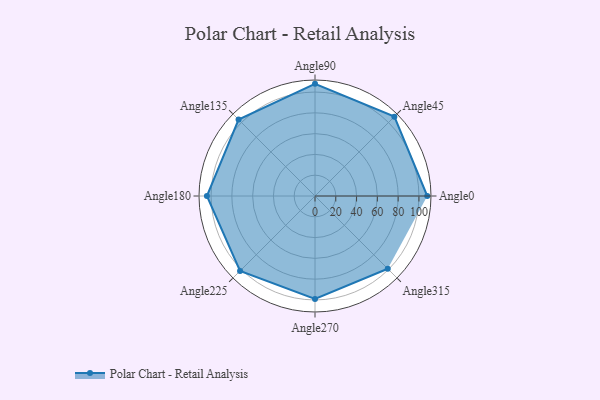
{"axis": {"x": "Angle", "y": "Radius"}, "legend": [""], "data": [{"x": "Angle0", "y": 108.0, "type": ""}, {"x": "Angle45", "y": 108.0, "type": ""}, {"x": "Angle90", "y": 108.0, "type": ""}, {"x": "Angle135", "y": 104.0, "type": ""}, {"x": "Angle180", "y": 104.0, "type": ""}, {"x": "Angle225", "y": 102.0, "type": ""}, {"x": "Angle270", "y": 99.0, "type": ""}, {"x": "Angle315", "y": 99.0, "type": ""}]}